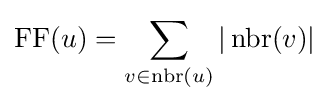
\operatorname {FF} (u)=\sum _{v\in \operatorname {nbr} (u)}|\operatorname {nbr} (v)|